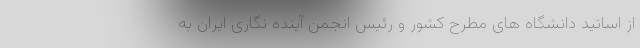
از اساتید دانشگاه های مطرح کشور و رئیس انجمن آینده نگاری ایران به